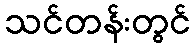
သင်တန်းတွင်